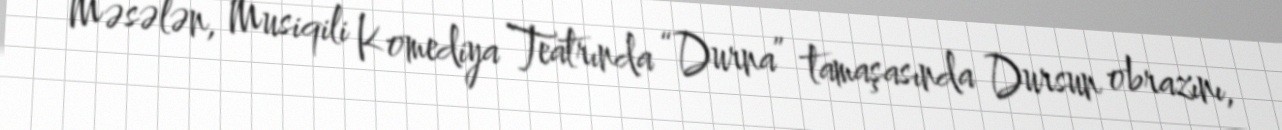
Məsələn, Musiqili Komediya Teatrında “Durna” tamaşasında Dursun obrazını,